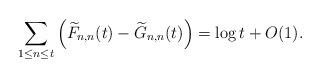
LaTeX: \begin{align*}\sum_{1\le n\le t} \left(\widetilde{F}_{n,n}(t) - \widetilde{G}_{n,n}(t)\right) = \log t+O(1).\end{align*}